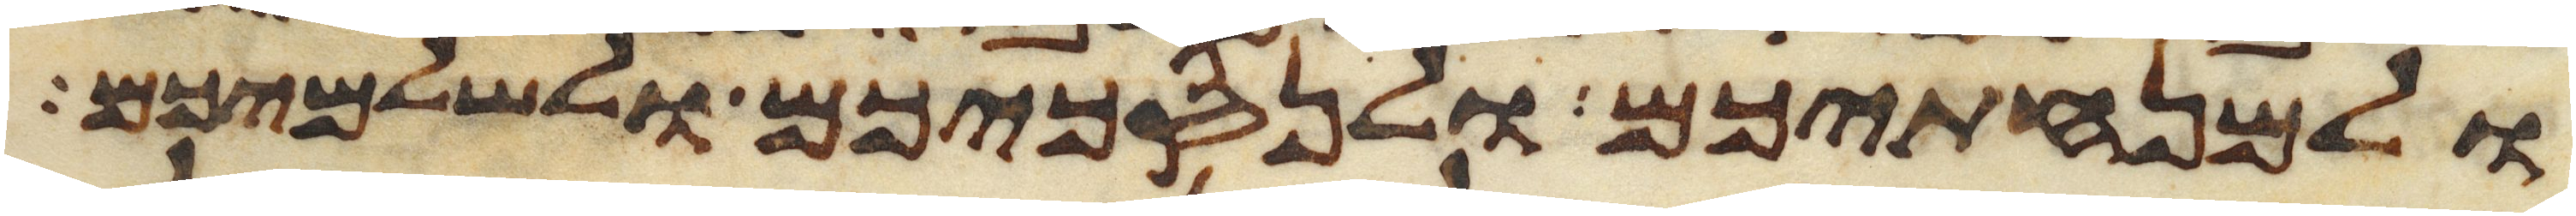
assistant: ולמנחתיכם ולנסכיכם ולשלמיכם